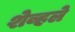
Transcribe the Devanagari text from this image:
शेव्हले